Annual report of the Punjab Veterinary College and of the Civil Veterinary Department, Punjab - 1909-1919
Year: 1909
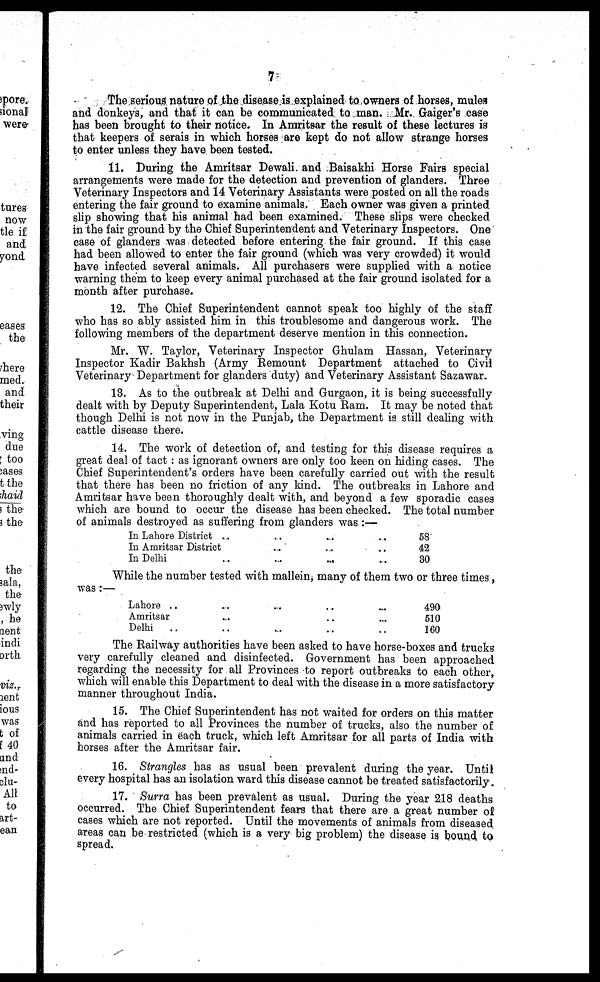
7
The serious nature of the disease is explained to owners of horses, mules
and donkeys, and that it can be communicated to man. Mr. Gaiger's case
has been brought to their notice. In Amritsar the result of these lectures is
that keepers of serais in which horses are kept do not allow strange horses
to enter unless they have been tested.
11. During the Amritsar Dewali and Baisakhi Horse Fairs special
arrangements were made for the detection and prevention of glanders. Three
Veterinary Inspectors and 14 Veterinary Assistants were posted on all the roads
entering the fair ground to examine animals. Each owner was given a printed
slip showing that his animal had been examined. These slips were checked
in the fair ground by the Chief Superintendent and Veterinary Inspectors. One
case of glanders was detected before entering the fair ground. If this case
had been allowed to enter the fair ground (which was very crowded) it would
have infected several animals. All purchasers were supplied with a notice
warning them to keep every animal purchased at the fair ground isolated for a
month after purchase.
12. The Chief Superintendent cannot speak too highly of the staff
who has so ably assisted him in this troublesome and dangerous work. The
following members of the department deserve mention in this connection.
Mr. W. Taylor, Veterinary Inspector Ghulam Hassan, Veterinary
Inspector Kadir Bakhsh (Army Remount Department attached to Civil
Veterinary Department for glanders duty) and Veterinary Assistant Sazawar.
13. As to the outbreak at Delhi and Gurgaon, it is being successfully
dealt with by Deputy Superintendent, Lala Kotu Ram. It may be noted that
though Delhi is not now in the Punjab, the Department is still dealing with
cattle disease there.
14. The work of detection of, and testing for this disease requires a
great deal of tact : as ignorant owners are only too keen on hiding cases. The
Chief Superintendent's orders have been carefully carried out with the result
that there has been no friction of any kind. The outbreaks in Lahore and
Amritsar have been thoroughly dealt with, and beyond a few sporadic cases
which are bound to occur the disease has been checked. The total number
of animals destroyed as suffering from glanders was :—
In Lahore District .. .. .. .. ..
In Amritsar District .. .. .. .. ..
In Delhi .. .. .. .. ..
58
42
30
While the number tested with mallein, many of them two or three times,
was :—
Lahore .. .. .. .. ..
Amritsar .. .. .. .. ..
Delhi .. .. .. .. ..
490
510
160
The Railway authorities have been asked to have horse-boxes and trucks
very carefully cleaned and disinfected. Government has been approached
regarding the necessity for all Provinces to report outbreaks to each other,
which will enable this Department to deal with the disease in a more satisfactory
manner throughout India.
15. The Chief Superintendent has not waited for orders on this matter
and has reported to all Provinces the number of trucks, also the number of
animals carried in each truck, which left Amritsar for all parts of India with
horses after the Amritsar fair.
16. Strangles has usual been prevalent during the year. Until
every hospital has an isolation ward this disease cannot be treated satisfactorily.
17. Surra has been prevalent as usual. During the year 2.18 deaths
occurred. The Chief Superintendent fears that there are a great number of
cases which are not reported. Until the movements of animals from diseased
areas can be restricted (which is a very big problem) the disease is bound to
spread.